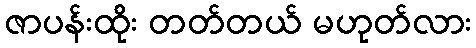
ဇာပန်းထိုး တတ်တယ် မဟုတ်လား